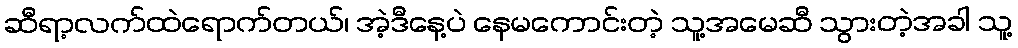
ဆီရာ့လက်ထဲရောက်တယ်၊ အဲ့ဒီနေ့ပဲ နေမကောင်းတဲ့ သူ့အမေဆီ သွားတဲ့အခါ သူ့